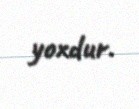
yoxdur.